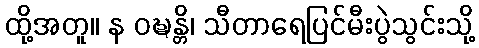
ထို့အတူ။ န ဝဍ္ဎန္တိ၊ သီတာရေပြင်မီးပွဲသွင်းသို့